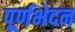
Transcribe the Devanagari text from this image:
पूर्णभेदन